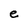
Character: e